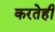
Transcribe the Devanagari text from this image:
करतेही